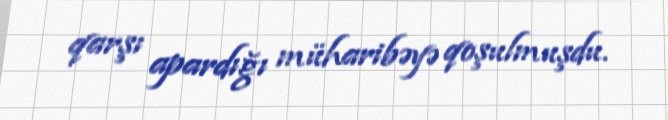
qarşı apardığı müharibəyə qoşulmuşdu.